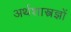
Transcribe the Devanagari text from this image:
अर्थशास्त्रज्ञों